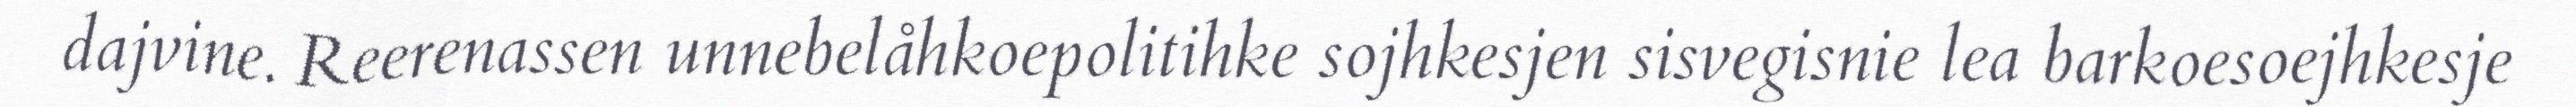
dajvine. Reerenassen unnebelåhkoepolitihke sojhkesjen sisvegisnie lea barkoesoejhkesje